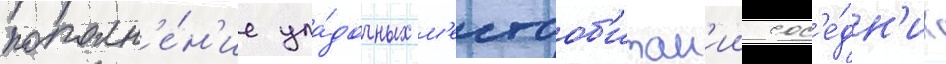
пополн'е́н'ие упа́дочных м'естооб'итан'ии сос'е́дн'их